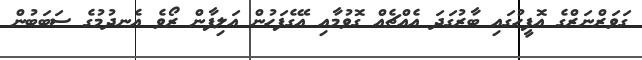
ގަވަރްނަރްގެ އޮފީހުގައި ބާރުގަދަ އެއްޗެއް ގޮވުމާއި އޭގެފަހުން އަލިފާން ރޯވެ އެނދުމުގެ ސަބަބުން